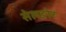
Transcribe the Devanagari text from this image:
सेलङोर